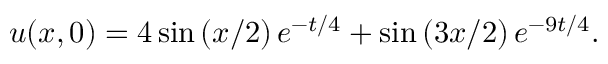
u ( x , 0 ) = 4 \sin \left( x / 2 \right) e ^ { - t / 4 } + \sin \left( 3 x / 2 \right) e ^ { - 9 t / 4 } .